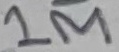
Text: 1M